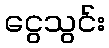
ငွေသွင်း